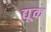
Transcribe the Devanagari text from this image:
द्यूक